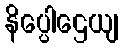
နိပ္ပေါဌေယျ